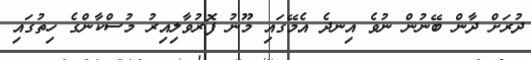
ދުރަށް ދާން ބޭނުން ނުވެ އިނދެ އެމޭގައި މޫނު ފޮރުވާލިއިރު މުސްކާންގެ ހިތުގައި